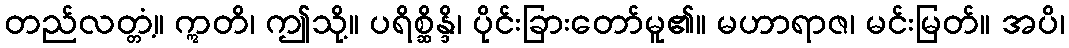
တည်လတ္တံ့။ ဣတိ၊ ဤသို့။ ပရိစ္ဆိန္ဒိ၊ ပိုင်းခြားတော်မူ၏။ မဟာရာဇ၊ မင်းမြတ်။ အပိ၊